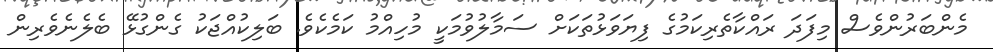
މެންބަރުންވެސް މިފަދަ ރައްކާތެރިކަމުގެ ފިޔަވަޅުތަކަށް ސަމާލުވުމަކީ މުހިއްމު ކަމެކެވެ. ބަލިކުއްޖަކު ގެންގުޅޭ ބެލެނެވެރިން